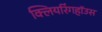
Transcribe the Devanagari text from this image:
क्लियरिंगहॉउस